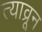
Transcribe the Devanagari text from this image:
त्याव्रून